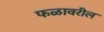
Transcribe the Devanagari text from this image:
फळावरील